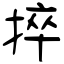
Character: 捽